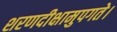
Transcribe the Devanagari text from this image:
शरणदीक्षामुपगते।